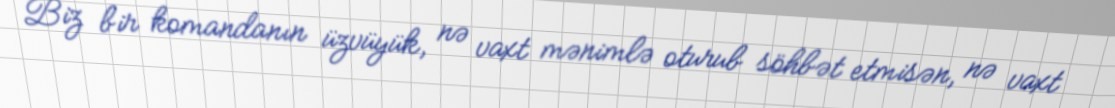
Biz bir komandanın üzvüyük, nə vaxt mənimlə oturub söhbət etmisən, nə vaxt